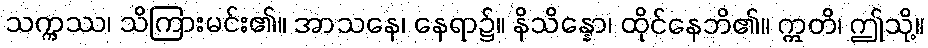
သက္ကဿ၊ သိကြားမင်း၏။ အာသနေ၊ နေရာ၌။ နိသိန္နော၊ ထိုင်နေဘိ၏။ ဣတိ၊ ဤသို့။